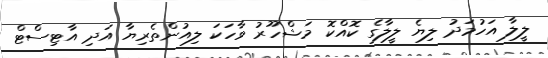
ލީލާ އަހުމަދު ލިޔެ ލީލާގެ ކޮއްކޮ މަޝްހޫރު ވާހަކަ ލިއުންތެރިޔާ އަދި އާޓިސްޓް